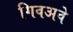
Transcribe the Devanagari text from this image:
गिवअवे